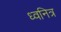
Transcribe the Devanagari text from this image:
ध्वनित्र